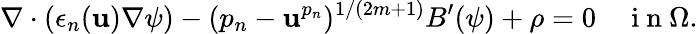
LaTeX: \nabla\cdot(\epsilon_{n}(\mathbf{u})\nabla\psi)-({p_{n}}-\mathbf{u}^{p_{n}})^{1/(2m+1)}B^{\prime}(\psi)+\rho=0\quad\mathrm{{~i~n~}}\Omega.